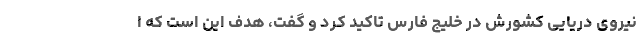
نیروی دریایی کشورش در خلیج فارس تاکید کرد و گفت، هدف این است که ا